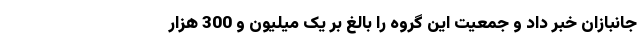
جانبازان خبر داد و جمعیت این گروه را بالغ بر یک میلیون و 300 هزار